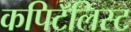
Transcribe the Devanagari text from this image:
कपिटॅलिस्ट